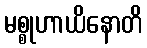
မစ္စုဟာယိနောတိ